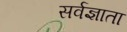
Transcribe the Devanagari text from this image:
सर्वज्ञाता